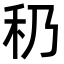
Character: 䄧